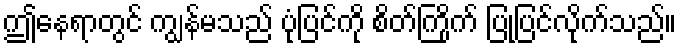
ဤနေရာတွင် ကျွန်မသည် ပုံပြင်ကို စိတ်ကြိုက် ပြုပြင်လိုက်သည်။